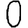
Digit: 0